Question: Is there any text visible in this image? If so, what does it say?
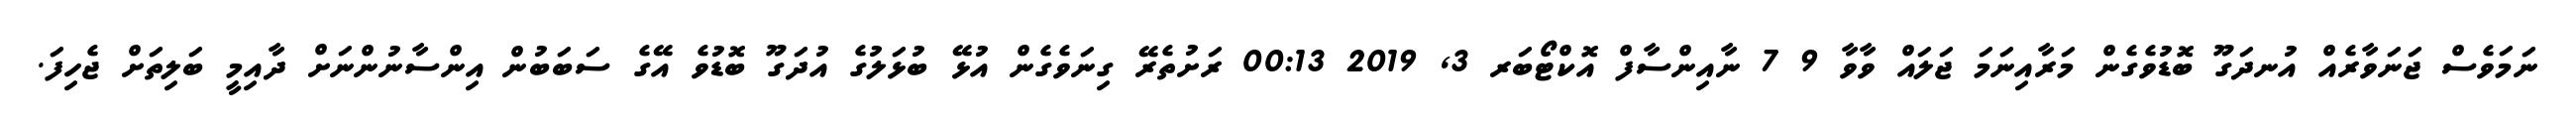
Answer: ނަމަވެސް ޖަނަވާރެއް އުނދަގޫ ބޮޑުވެގެން މަރާއިނަމަ ޖަލައް ވާވާ 9 7 ނާއިންސާފް އޮކްޓޯބަރ 3, 2019 00:13 ރަށުތެރޭ ގިނަވެގެން އުޅޭ ބުޅަލުގެ އުދަގޫ ބޮޑުވެ އޭގެ ސަބަބުން އިންސާނުންނަށް ދާއިމީ ބަލިތަށް ޖެހިފަ.